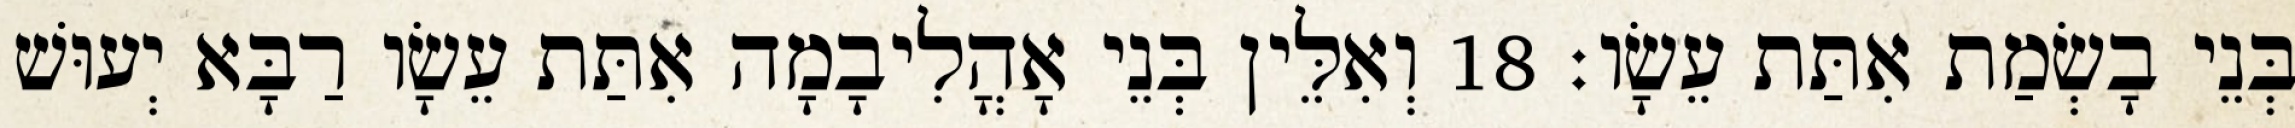
בְּנֵי בָשְׂמַת אִתַּת עֵשָׂו׃ 18 וְאִלֵּין בְּנֵי אָהֳלִיבָמָה אִתַּת עֵשָׂו רַבָּא יְעוּשׁ